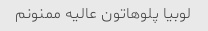
لوبیا پلوهاتون عالیه ممنونم